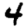
Digit: 4